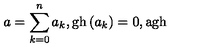
a = \sum _ { k = 0 } ^ { n } a _ { k } , \mathrm { g h } \left( a _ { k } \right) = 0 , \mathrm { a g h }